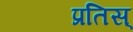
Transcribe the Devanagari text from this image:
प्रतिस्